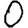
Digit: 0